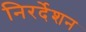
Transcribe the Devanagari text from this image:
निरर्देशन